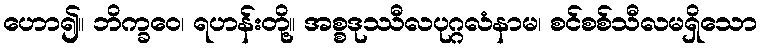
ဟော၍။ ဘိက္ခဝေ၊ ရဟန်းတို့။ အစ္စဒုဿီလပုဂ္ဂလံနာမ၊ စင်စစ်သီလမရှိသော